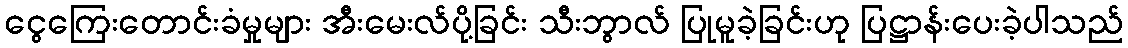
ငွေကြေးတောင်းခံမှုများ အီးမေးလ်ပို့ခြင်း သီးဘွာလ် ပြုမူခဲ့ခြင်းဟု ပြဋ္ဌာန်းပေးခဲ့ပါသည်